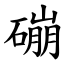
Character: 磞